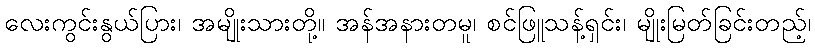
လေးကွင်းနွယ်ပြား၊ အမျိုးသားတို့။ အန်အနားတမူ၊ စင်ဖြူသန့်ရှင်း၊ မျိုးမြတ်ခြင်းတည့်၊